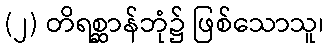
(၂) တိရစ္ဆာန်ဘုံ၌ ဖြစ်သောသူ၊